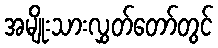
အမျိုးသားလွှတ်တော်တွင်